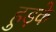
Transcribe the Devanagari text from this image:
हुड़के